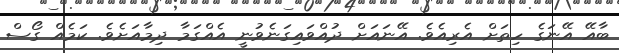
ބާއޭ އޭނަގެ ހިތަށް އެރިއެވެ. އޭނައަށް ދުއްވައިގަނެވުނީ އެއްގަމާ ދިމާއަށެވެ. ކަމެއް ގޯސް